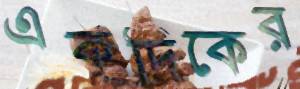
একদিকের